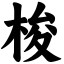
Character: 梭